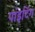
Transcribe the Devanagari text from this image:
पांइटिंग